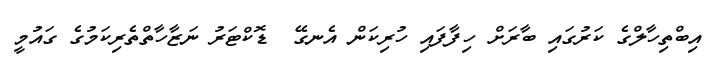
އިބްތިހާލްގެ ކަރުގައި ބާރަށް ހިފާފައި ހުރިކަން އެނގޭ  ޑޮކްޓަރު ނަޒާހާތްތެރިކަމުގެ ގައުމީ